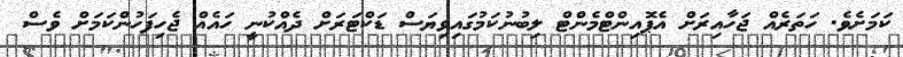
ކަމަށެވެ. ހަތަރެއް ޖަހާއިރަށް އެޕޮއިންޓްމެންޓް ލިބުނުކަމުގައިވިޔަސް ޑަކްޓަރަށް ދެއްކުނީ ހައެއް ޖެހިފަހުންކަމަށް ވެސް